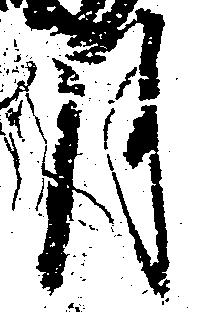
月